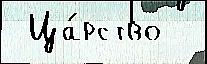
 Ца́рство